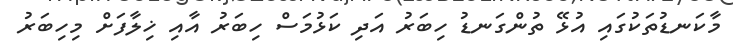
މާކަނޑުތަކުގައި އުޅޭ ތުންގަނޑު ހިބަރު އަދި ކަޅުމަސް ހިބަރު އާއި ޚިލާފަށް މިހިބަރު